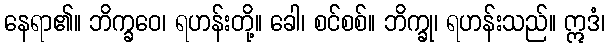
နေရာ၏။ ဘိက္ခဝေ၊ ရဟန်းတို့။ ခေါ၊ စင်စစ်။ ဘိက္ခု၊ ရဟန်းသည်။ ဣဒံ၊